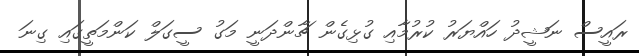
ރައީސް ނަޝީދު ހައްޔަރު ކުރުމާއި ގުޅިގެން ޗާންދަނީ މަގު ސީގަލް ކަންމަތީގައި ގިނަ